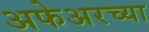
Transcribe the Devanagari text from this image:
अफेअरच्या